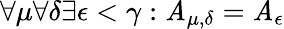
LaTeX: \forall\mu\forall\delta\exists\epsilon<\gamma:\mathit{A}_{\mu,\delta}=\mathit{A}_{\epsilon}